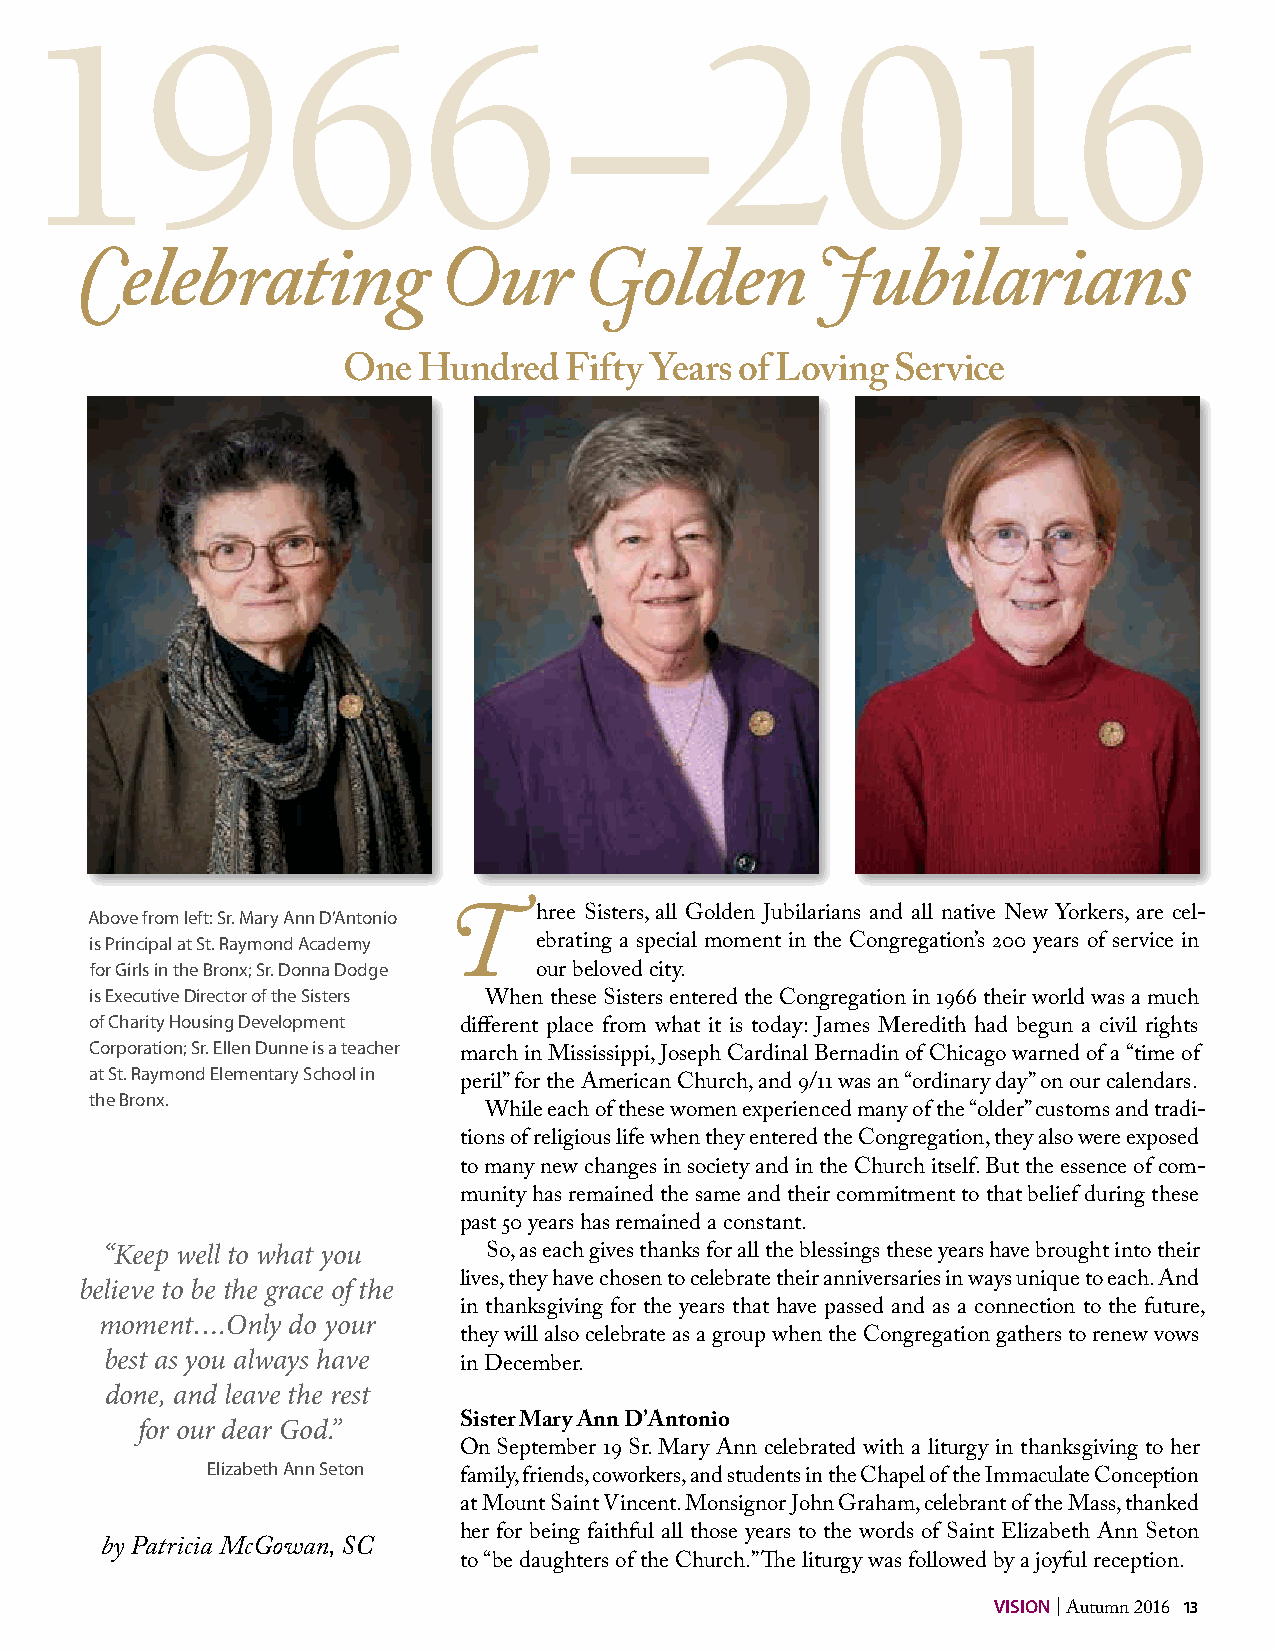
1966                                 –2016
 Celebrating             Our       Golden         Jubilarians
 One  Hundred  Fifty Years of Loving Service
 Above from left: Sr. Mary Ann D’Antonio hree Sisters, all Golden Jubilarians and all native New Yorkers, are cel-
 is Principal at St. Raymond Academy T ebrating a special moment in the Congregation’s 200 years of service in
 for Girls in the Bronx; Sr. Donna Dodge
 our beloved city.
 is Executive Director of the Sisters                    1
 When these Sisters entered the Congregation in 966 their world was a much
 of Charity Housing Development
 different place from what it is today: James Meredith had begun a civil rights
 Corporation; Sr. Ellen Dunne is a teacher
 march in Mississippi, Joseph Cardinal Bernadin of Chicago warned of a “time of
 at St. Raymond Elementary School in
 11
 peril” for the American Church, and 9/ was an “ordinary day” on our calendars.
 the Bronx.
 While each of these women experienced many of the “older” customs and tradi-
 tions of religious life when they entered the Congregation, they also were exposed
 to many new changes in society and in the Church itself. But the essence of com-
 munity has remained the same and their commitment to that belief during these
 past 50 years has remained a constant.
 “Keep well to what you   So, as each gives thanks for all the blessings these years have brought into their
 believe to be the grace of the lives, they have chosen to celebrate their anniversaries in ways unique to each. And
 in thanksgiving for the years that have passed and as a connection to the future,
 moment….Only do your
 they will also celebrate as a group when the Congregation gathers to renew vows
 best as you always have
 in December.
 done, and leave the rest
 for our dear God.”   Sister Mary Ann D’Antonio
 1
 On September 9 Sr. Mary Ann celebrated with a liturgy in thanksgiving to her
 Elizabeth Ann Seton
 family, friends, coworkers, and students in the Chapel of the Immaculate Conception
 at Mount Saint Vincent. Monsignor John Graham, celebrant of the Mass, thanked
 her for being faithful all those years to the words of Saint Elizabeth Ann Seton
 by Patricia McGowan, SC
 to “be daughters of the Church.” The liturgy was followed by a joyful reception.
 VISION | Autumn 2016 13